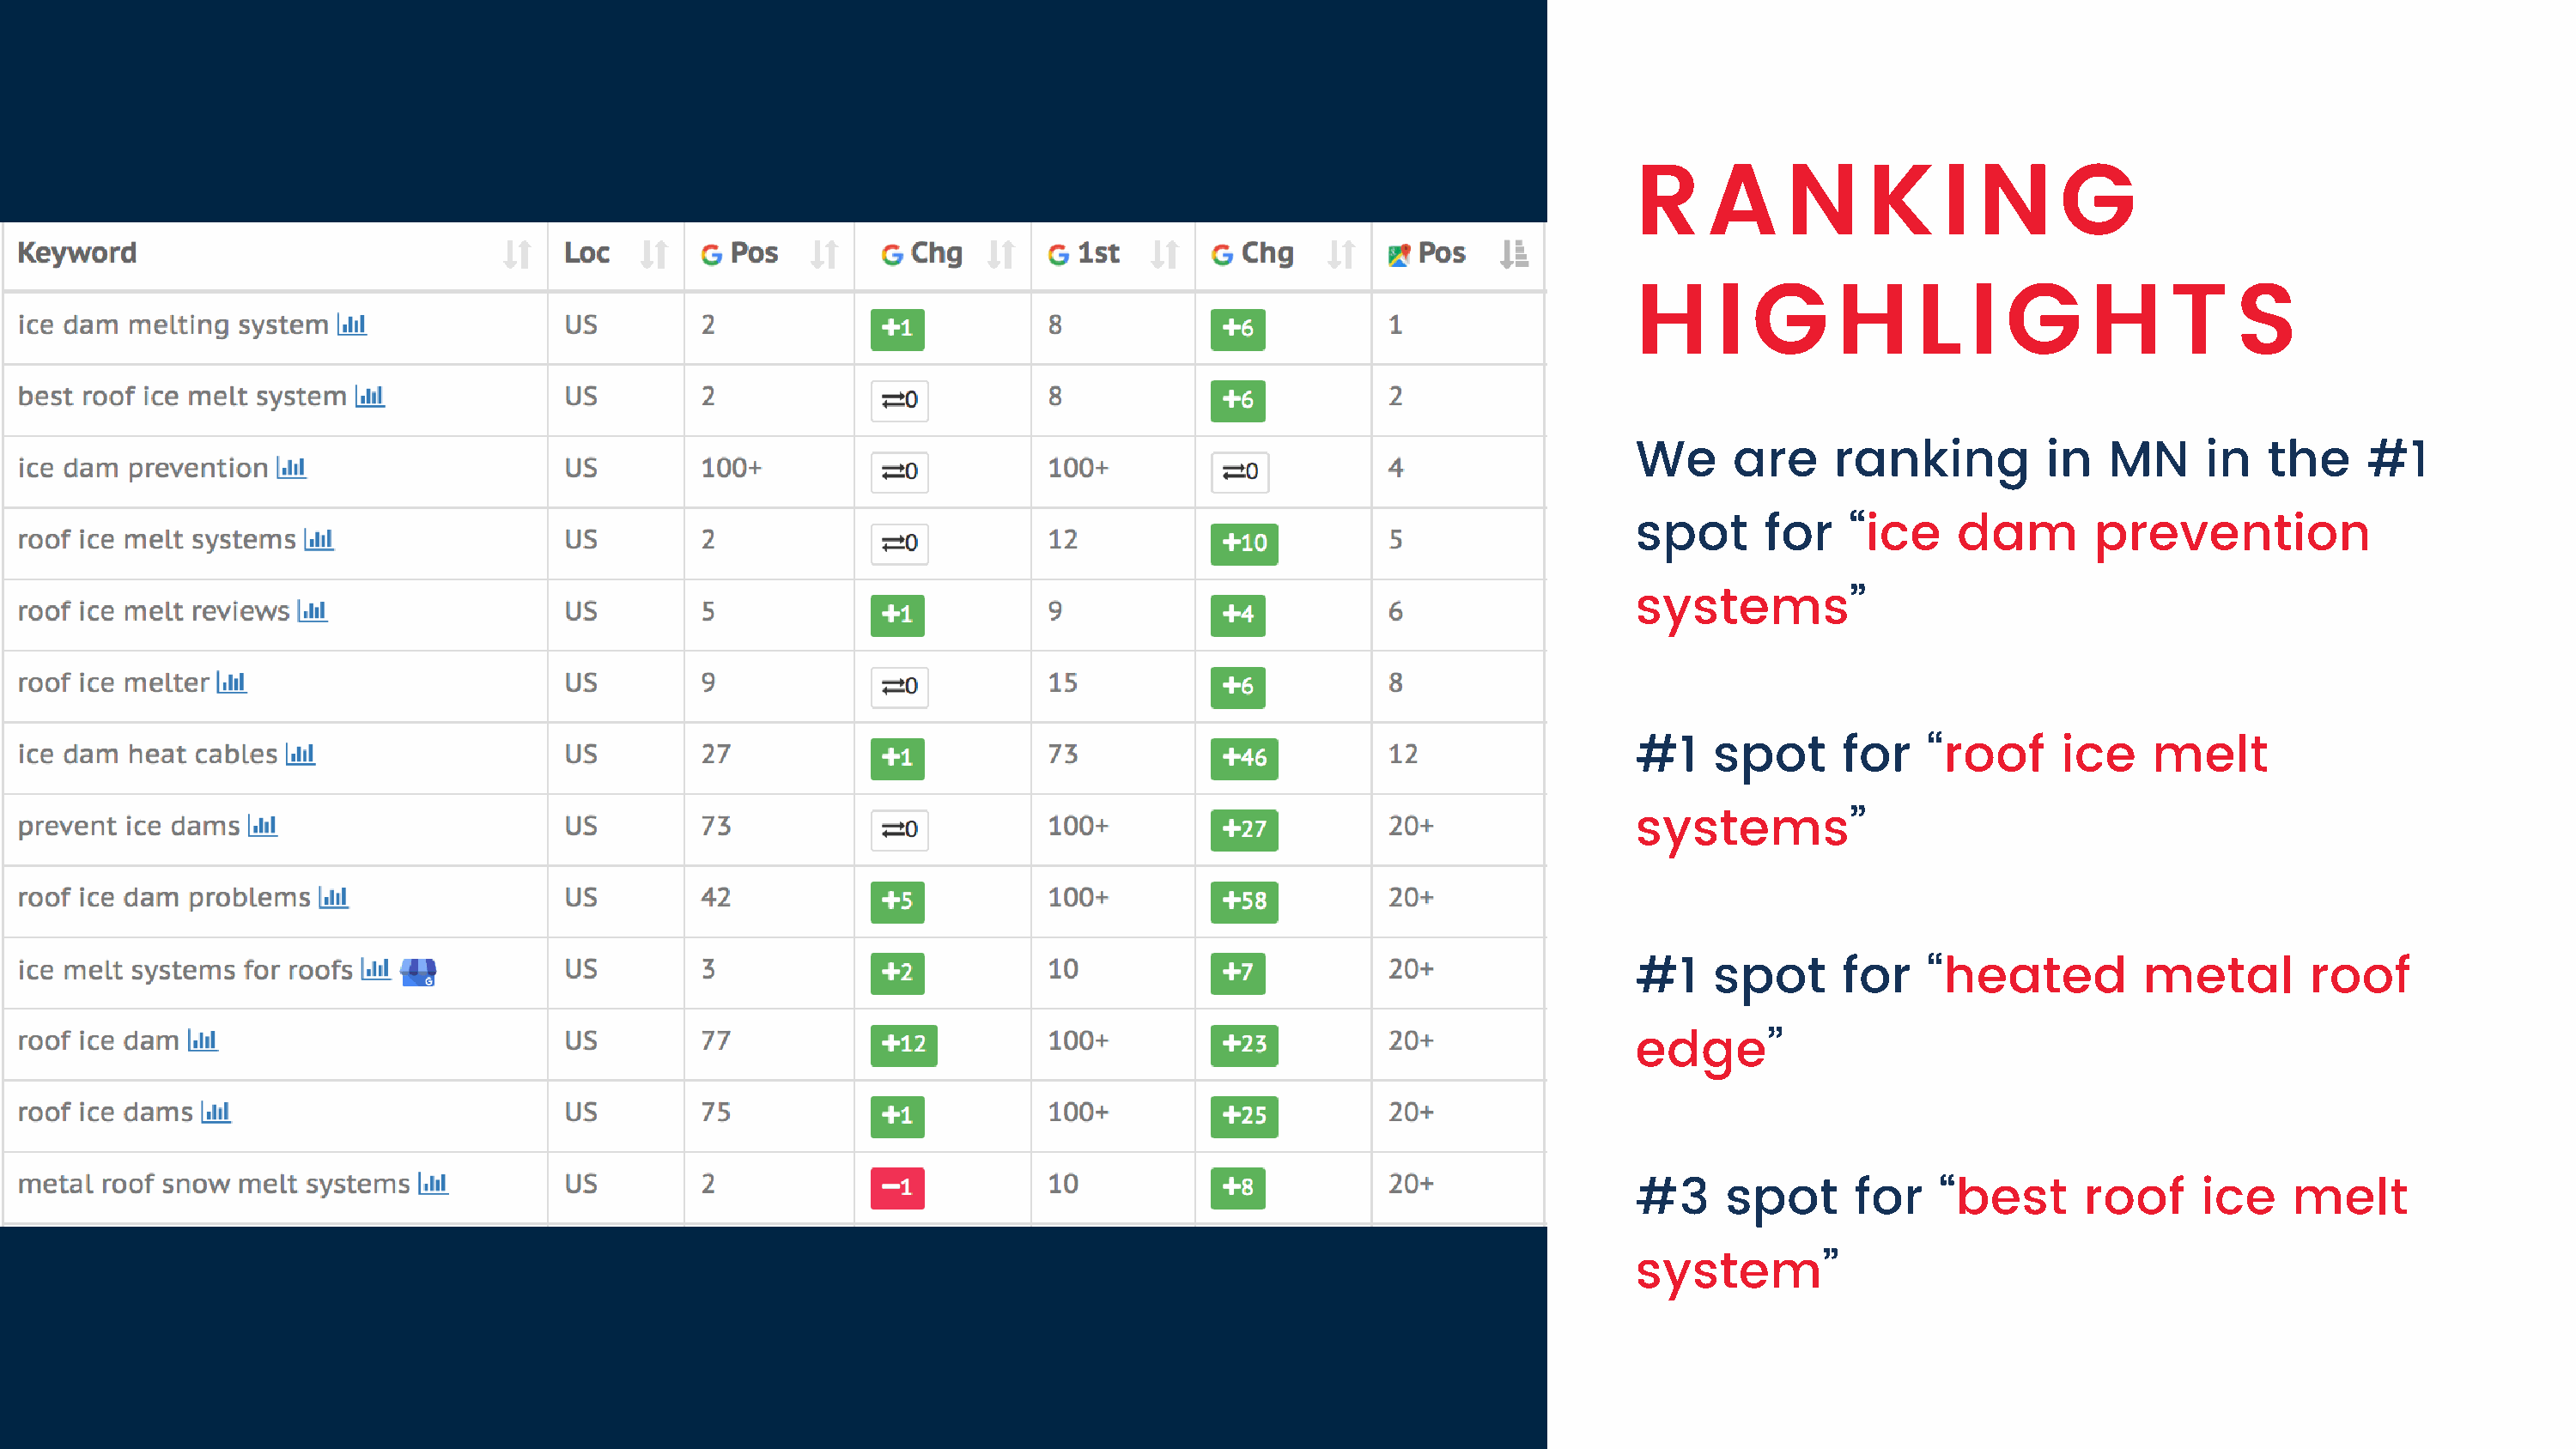
R     A     N     K     I N      G
 H     I  G      H     L   I  G     H     T    S
 We      are    ranking          in   MN     in   the    #1
 spot      for    “ice    dam       prevention
 systems”
 #1    spot      for    “roof     ice    melt
 systems”
 #1    spot      for    “heated         metal        roof
 edge”
 #3     spot      for    “best      roof     ice    melt
 system”